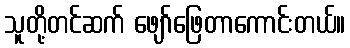
သူတို့တင်ဆက် ဖျော်ဖြေတာကောင်းတယ်။